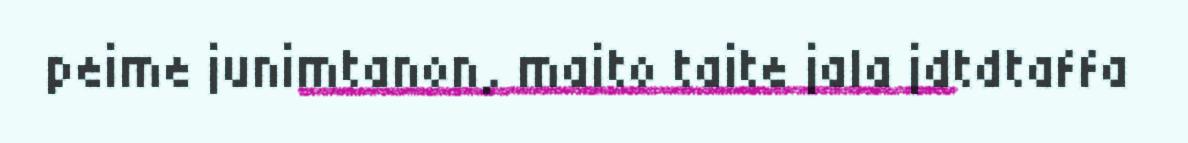
peime junimtanon, maito taite jala jdtdtaffa